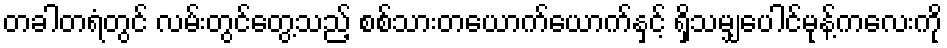
တခါတရံတွင် လမ်းတွင်တွေ့သည့် စစ်သားတယောက်ယောက်နှင့် ရှိသမျှပေါင်မုန့်ကလေးကို